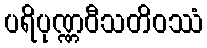
ပရိပုဏ္ဏဝီသတိဝဿံ